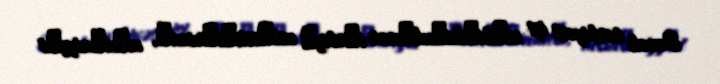
Əmək tərbiyəsi işi mәktәbdәnkәnar tәrbiyә müәssisәlәrindә, mәdәniyyәt